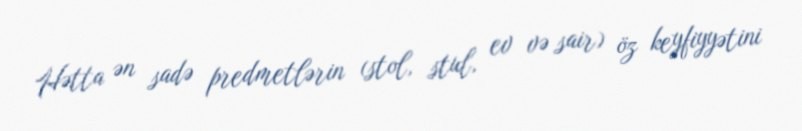
Hətta ən sadə predmetlərin (stol, stul, ev və sair) öz keyfiyyətini